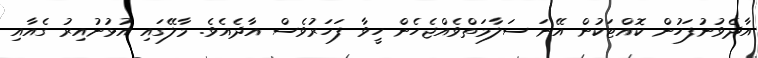
އާދެވުނުފަހުން ކޮއްޓަކުން އޭނަ ސަލާމަތްވެއްޖެހެން ހީވާ ފަހަރުވެސް އާދެއެވެ. މާލޭގައި އުޅުނުއިރު ގެއާއި